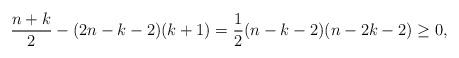
LaTeX: \begin{align*} \frac{n+k}{2} - (2n-k-2)(k+1) = \frac{1}{2}(n-k-2)(n-2k-2) \geq 0,\end{align*}